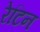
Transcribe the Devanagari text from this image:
रेटिन